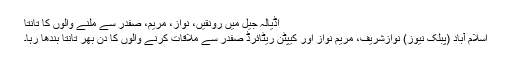
اڈیالہ جیل میں رونقیں، نواز، مریم، صفدر سے ملنے والوں کا تانتا
اسلام آباد (پبلک نیوز) نوازشریف، مریم نواز اور کیپٹن ریٹائرڈ صفدر سے ملاقات کرنے والوں کا دن بھر تانتا بندھا رہا۔